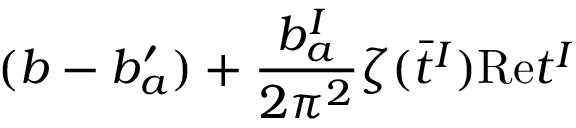
( b - b _ { a } ^ { \prime } ) + { \frac { b _ { a } ^ { I } } { 2 \pi ^ { 2 } } } \zeta ( \bar { t } ^ { I } ) \mathrm { R e } t ^ { I }